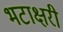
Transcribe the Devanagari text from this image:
भटाक्षरी